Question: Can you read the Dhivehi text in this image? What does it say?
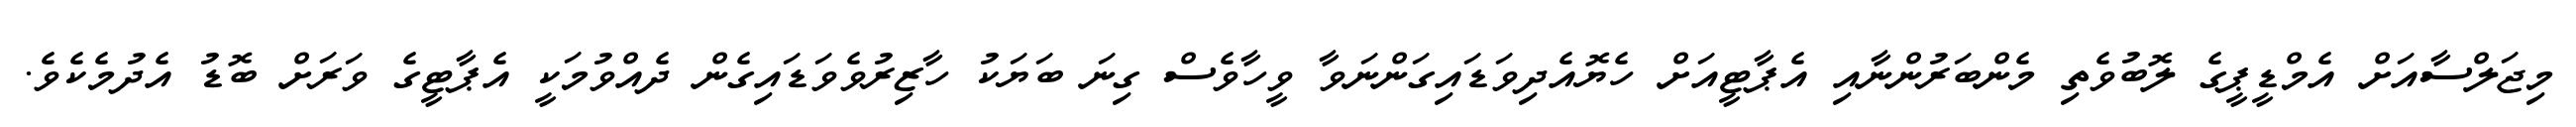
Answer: މިޖަލްސާއަށް އެމްޑީޕީގެ ލޮބުވެތި މެންބަރުންނާއި އެޕާޓީއަށް ހެޔޮއެދިވަޑައިގަންނަވާ ވީހާވެސް ގިނަ ބަޔަކު ހާޒިރުވެވަޑައިގެން ދެއްވުމަކީ އެޕާޓީގެ ވަރަށް ބޮޑު އެދުމެކެވެ.